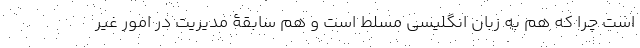
است چرا که هم به زبان انگلیسی مسلط است و هم سابقۀ مدیریت در امور غیر